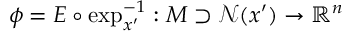
\phi = E \circ \exp _ { x ^ { \prime } } ^ { - 1 } : M \supset \mathcal { N } ( x ^ { \prime } ) \rightarrow \mathbb { R } ^ { n }